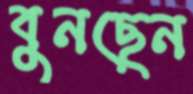
বুনছেন